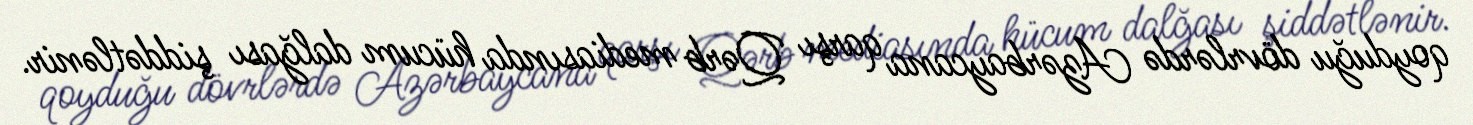
qoyduğu dövrlərdə Azərbaycana qarşı Qərb mediasında hücum dalğası şiddətlənir.